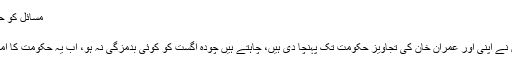
مسائل کو حل کرنا حکومت کی ذمہ داری ہے، سراج الحق -
قیصر کامران صدیقی ترمیم 6 اگست 2014
اسلام آباد : امیر جماعت اسلامی نے کہا کہ انہوں نے اپنی اور عمران خان کی تجاویز حکومت تک پہنچا دی ہیں، چاہتے ہیں چودہ اگست کو کوئی بدمزگی نہ ہو، اب یہ حکومت کا امتحان ہے کہ وہ صورتحال سے کیسے نمٹتی ہے۔